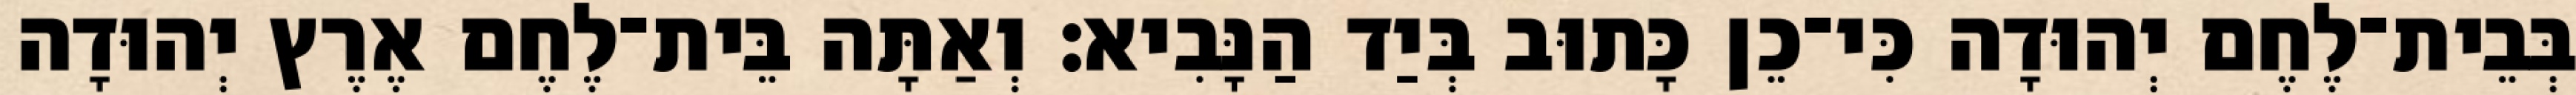
בְּבֵית־לֶחֶם יְהוּדָה כִּי־כֵן כָּתוּב בְּיַד הַנָּבִיא׃ וְאַתָּה בֵּית־לֶחֶם אֶרֶץ יְהוּדָה